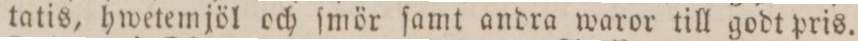
tatis, hwetemjöl och ſmör ſamt andra waror till godt pris.